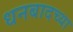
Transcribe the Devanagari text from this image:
धनबादच्या